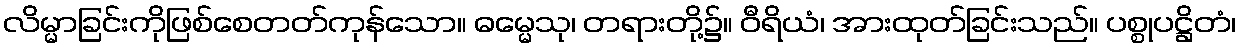
လိမ္မာခြင်းကိုဖြစ်စေတတ်ကုန်သော။ ဓမ္မေသု၊ တရားတို့၌။ ဝီရိယံ၊ အားထုတ်ခြင်းသည်။ ပစ္စုပဋ္ဌိတံ၊